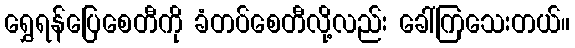
ရွှေရန်ပြေစေတီကို ခံတပ်စေတီလို့လည်း ခေါ်ကြသေးတယ်။